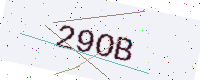
Text: 29OB